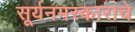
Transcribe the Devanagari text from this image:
सूर्यनमस्कारांचे